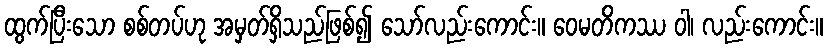
ထွက်ပြီးသော စစ်တပ်ဟု အမှတ်ရှိသည်ဖြစ်၍ သော်လည်းကောင်း။ ဝေမတိကဿ ဝါ၊ လည်းကောင်း။